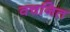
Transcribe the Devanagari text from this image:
वचनित